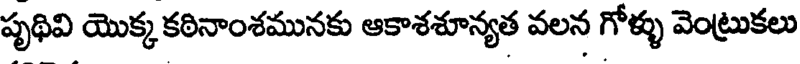
పృథివి యొక్క కఠినాంశమునకు ఆకాశశూన్యత వలన గోళ్ళు వెంట్రుకలు